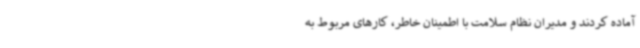
آماده کردند و مدیران نظام سلامت با اطمینان خاطر، کارهای مربوط به